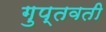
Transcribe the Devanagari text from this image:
गुप्तवती